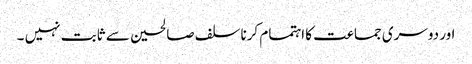
اور دوسری جماعت کا اہتمام کرنا سلف صالحین سے ثابت نہیں ۔